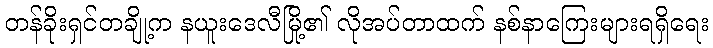
တန်ခိုးရှင်တချို့က နယူးဒေလီမြို့၏ လိုအပ်တာထက် နစ်နာကြေးများရရှိရေး